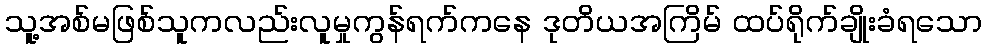
သူ့အစ်မဖြစ်သူကလည်းလူမှုကွန်ရက်ကနေ ဒုတိယအကြိမ် ထပ်ရိုက်ချိုးခံရသော